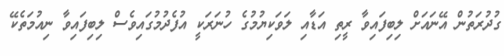
ގުދުރަތުން އޭނައަށް ލިބިފައިވާ ރީތި އަޑާއި ލަވަކިޔުމުގެ ހުނަރަކީ އުފެދުމުގައިވެސް ލިބިފައިވާ ނިއުމަތެކޭ